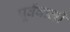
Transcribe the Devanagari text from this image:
पूर्ववाली